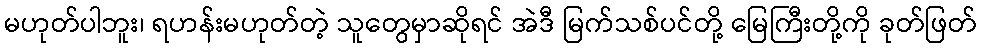
မဟုတ်ပါဘူး၊ ရဟန်းမဟုတ်တဲ့ သူတွေမှာဆိုရင် အဲဒီ မြက်သစ်ပင်တို့ မြေကြီးတို့ကို ခုတ်ဖြတ်